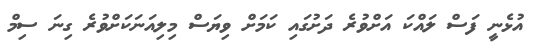
އުޅެނީ ފަސް ލައްކަ އަށްވުރެ ދަށުގައި ކަމަށް ވިޔަސް މިލިއަނަކަށްވުރެ ގިނަ ސިމް